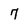
Character: 7